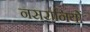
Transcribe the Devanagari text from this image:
नसरानियों